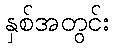
နှစ်အတွင်း